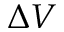
\Delta V